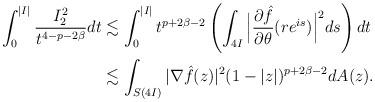
LaTeX: \begin{align*}\int_{0}^{|I|}\frac{I_{2}^{2}}{t^{4-p-2\beta}}dt&\lesssim\int_{0}^{|I|}t^{p+2\beta-2}\left(\int_{4I}\Big|\frac{\partial\hat{f}}{\partial \theta}(re^{is})\Big|^{2}ds \right)dt\\&\lesssim \int_{S(4I)}|\nabla\hat{f}(z)|^{2}(1-|z|)^{p+2\beta-2}dA(z).\end{align*}